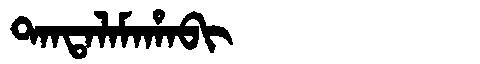
Manchu: ᡨᠠᠨᡨᠠᠯᠠᠮᠠᡥᠠᠪᡳ
Romanization: TANTALAMAHABI